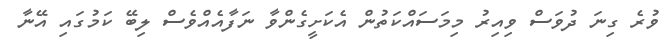
ވުރެ ގިނަ ދުވަސް ވިއިރު މިމަސައްކަތުން އެކަށީގެންވާ ނަފާއެއްވެސް ލިބޭ ކަމުގައި އޭނާ